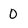
Character: 0